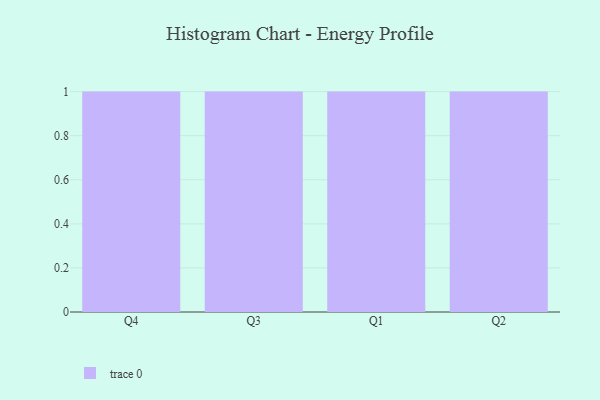
{"axis": {"x": "Quarter", "y": "Backlog"}, "legend": [""], "data": [{"x": "Q4", "y": 75, "type": ""}, {"x": "Q3", "y": 48, "type": ""}, {"x": "Q1", "y": 58, "type": ""}, {"x": "Q2", "y": 23, "type": ""}]}